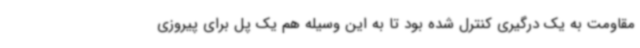
مقاومت به یک درگیری کنترل شده بود تا به این وسیله هم یک پل برای پیروزی